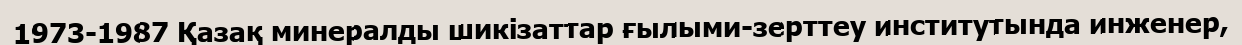
1973-1987 Қазақ минералды шикізаттар ғылыми-зерттеу институтында инженер,